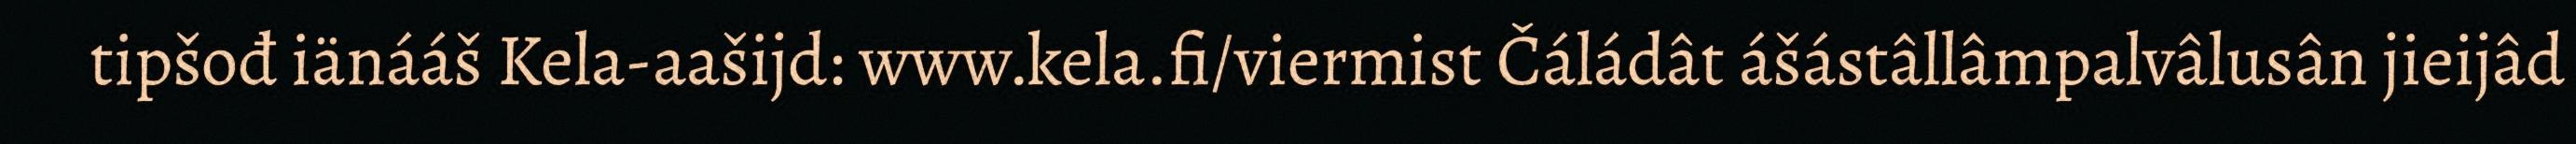
tipšođ iänááš Kela-aašijd: www.kela.fi/viermist Čáládât ášástâllâmpalvâlusân jieijâd